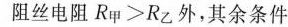
阻丝电阻R_{甲}≥R_{乙}外，其余条件